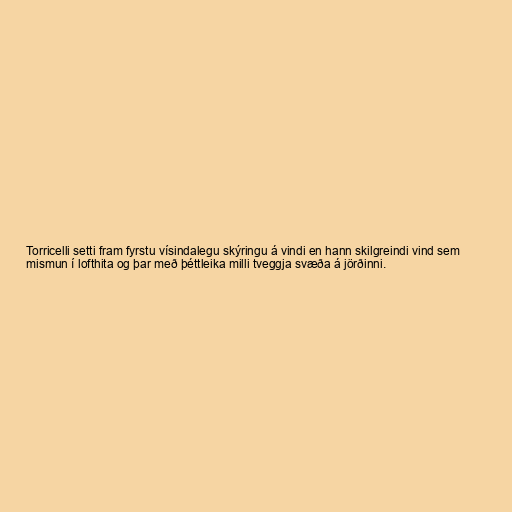
Torricelli setti fram fyrstu vísindalegu skýringu á vindi en hann skilgreindi vind sem
mismun í lofthita og þar með þéttleika milli tveggja svæða á jörðinni.